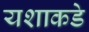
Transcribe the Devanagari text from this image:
यशाकडे